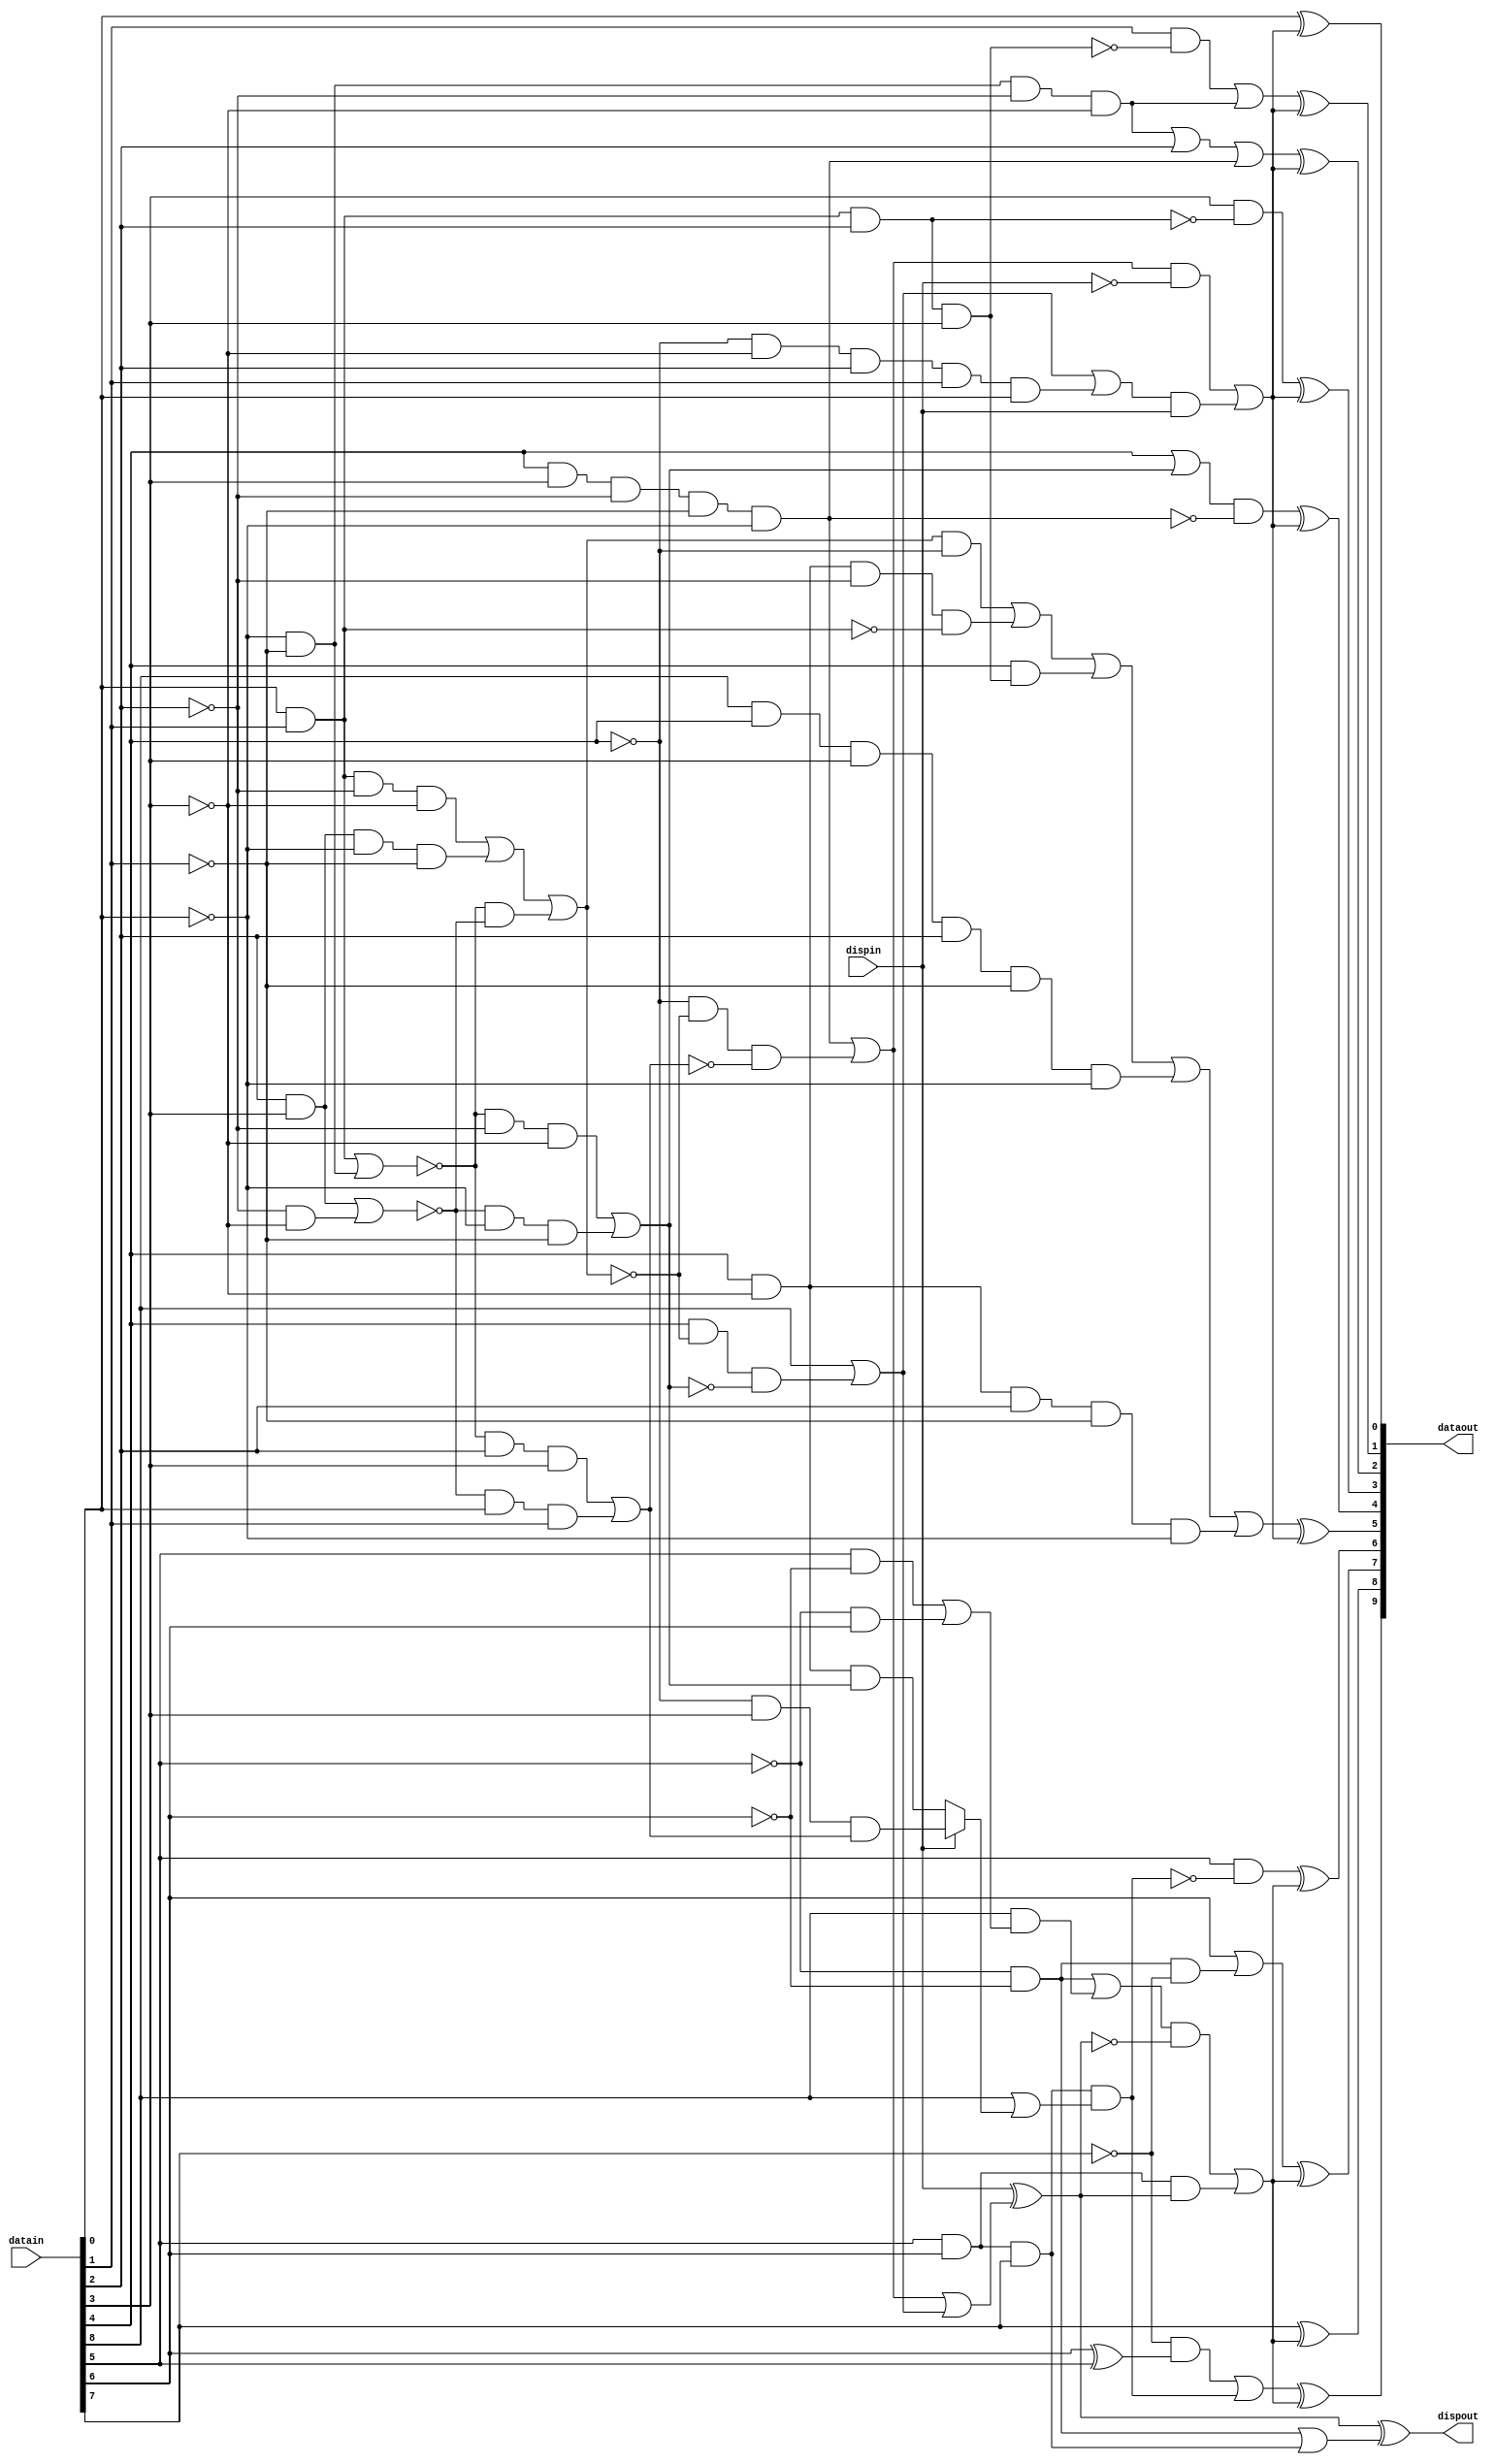
// Chuck Benz, Hollis, NH   Copyright (c)2002
//
// The information and description contained herein is the
// property of Chuck Benz.
//
// Permission is granted for any reuse of this information
// and description as long as this copyright notice is
// preserved.  Modifications may be made as long as this
// notice is preserved.

// per Widmer and Franaszek

module encode_8b10b (datain, dispin, dataout, dispout) ;
  input [8:0]   datain ;
  input 	dispin ;  // 0 = neg disp; 1 = pos disp
  output [9:0]	dataout ;
  output	dispout ;


  wire ai = datain[0] ;
  wire bi = datain[1] ;
  wire ci = datain[2] ;
  wire di = datain[3] ;
  wire ei = datain[4] ;
  wire fi = datain[5] ;
  wire gi = datain[6] ;
  wire hi = datain[7] ;
  wire ki = datain[8] ;

  wire aeqb = (ai & bi) | (!ai & !bi) ;
  wire ceqd = (ci & di) | (!ci & !di) ;
  wire l22 = (ai & bi & !ci & !di) |
	     (ci & di & !ai & !bi) |
	     ( !aeqb & !ceqd) ;
  wire l40 = ai & bi & ci & di ;
  wire l04 = !ai & !bi & !ci & !di ;
  wire l13 = ( !aeqb & !ci & !di) |
	     ( !ceqd & !ai & !bi) ;
  wire l31 = ( !aeqb & ci & di) |
	     ( !ceqd & ai & bi) ;

  // The 5B/6B encoding

  wire ao = ai ;
  wire bo = (bi & !l40) | l04 ;
  wire co = l04 | ci | (ei & di & !ci & !bi & !ai) ;
  wire do = di & ! (ai & bi & ci) ;
  wire eo = (ei | l13) & ! (ei & di & !ci & !bi & !ai) ;
  wire io = (l22 & !ei) |
	    (ei & !di & !ci & !(ai&bi)) |  // D16, D17, D18
	    (ei & l40) |
	    (ki & ei & di & ci & !bi & !ai) | // K.28
	    (ei & !di & ci & !bi & !ai) ;

  // pds16 indicates cases where d-1 is assumed + to get our encoded value
  wire pd1s6 = (ei & di & !ci & !bi & !ai) | (!ei & !l22 & !l31) ;
  // nds16 indicates cases where d-1 is assumed - to get our encoded value
  wire nd1s6 = ki | (ei & !l22 & !l13) | (!ei & !di & ci & bi & ai) ;

  // ndos6 is pds16 cases where d-1 is + yields - disp out - all of them
  wire ndos6 = pd1s6 ;
  // pdos6 is nds16 cases where d-1 is - yields + disp out - all but one
  wire pdos6 = ki | (ei & !l22 & !l13) ;


  // some Dx.7 and all Kx.7 cases result in run length of 5 case unless
  // an alternate coding is used (referred to as Dx.A7, normal is Dx.P7)
  // specifically, D11, D13, D14, D17, D18, D19.
  wire alt7 = fi & gi & hi & (ki | 
			      (dispin ? (!ei & di & l31) : (ei & !di & l13))) ;

   
  wire fo = fi & ! alt7 ;
  wire go = gi | (!fi & !gi & !hi) ;
  wire ho = hi ;
  wire jo = (!hi & (gi ^ fi)) | alt7 ;

  // nd1s4 is cases where d-1 is assumed - to get our encoded value
  wire nd1s4 = fi & gi ;
  // pd1s4 is cases where d-1 is assumed + to get our encoded value
  wire pd1s4 = (!fi & !gi) | (ki & ((fi & !gi) | (!fi & gi))) ;

  // ndos4 is pd1s4 cases where d-1 is + yields - disp out - just some
  wire ndos4 = (!fi & !gi) ;
  // pdos4 is nd1s4 cases where d-1 is - yields + disp out 
  wire pdos4 = fi & gi & hi ;

  // only legal K codes are K28.0->.7, K23/27/29/30.7
  //	K28.0->7 is ei=di=ci=1,bi=ai=0
  //	K23 is 10111
  //	K27 is 11011
  //	K29 is 11101
  //	K30 is 11110 - so K23/27/29/30 are ei & l31
  wire illegalk = ki & 
		  (ai | bi | !ci | !di | !ei) & // not K28.0->7
		  (!fi | !gi | !hi | !ei | !l31) ; // not K23/27/29/30.7

  // now determine whether to do the complementing
  // complement if prev disp is - and pd1s6 is set, or + and nd1s6 is set
  wire compls6 = (pd1s6 & !dispin) | (nd1s6 & dispin) ;

  // disparity out of 5b6b is disp in with pdso6 and ndso6
  // pds16 indicates cases where d-1 is assumed + to get our encoded value
  // ndos6 is cases where d-1 is + yields - disp out
  // nds16 indicates cases where d-1 is assumed - to get our encoded value
  // pdos6 is cases where d-1 is - yields + disp out
  // disp toggles in all ndis16 cases, and all but that 1 nds16 case

  wire disp6 = dispin ^ (ndos6 | pdos6) ;

  wire compls4 = (pd1s4 & !disp6) | (nd1s4 & disp6) ;
  assign dispout = disp6 ^ (ndos4 | pdos4) ;

  assign dataout = {(jo ^ compls4), (ho ^ compls4),
		    (go ^ compls4), (fo ^ compls4),
		    (io ^ compls6), (eo ^ compls6),
		    (do ^ compls6), (co ^ compls6),
		    (bo ^ compls6), (ao ^ compls6)} ;

endmodule